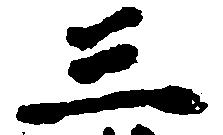
三